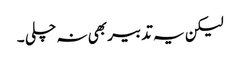
لیکن یہ تدبیر بھی نہ چلی ۔